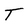
Character: T